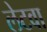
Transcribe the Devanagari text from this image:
लेटवा